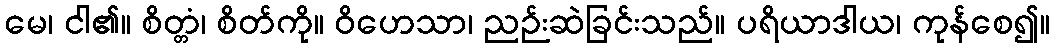
မေ၊ ငါ၏။ စိတ္တံ၊ စိတ်ကို။ ဝိဟေသာ၊ ညဉ်းဆဲခြင်းသည်။ ပရိယာဒါယ၊ ကုန်စေ၍။